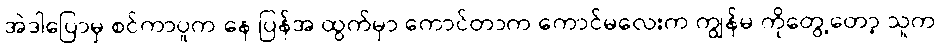
အဲဒါပြောမှ စင်ကာပူက နေ ပြန်အ ထွက်မှာ ကောင်တာက ကောင်မလေးက ကျွန်မ ကိုတွေ့တော့ သူက